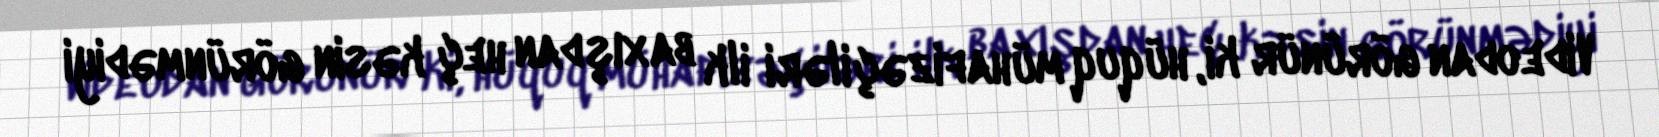
Videodan görünür ki, hüquq mühafizəçiləri ilk baxışdan heç kəsin görünmədiyi